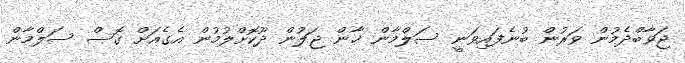
ޖަވާބްދެމުން ވަރުން ބުނެފައިވަނީ ސަލްމާން ޚާން ޖަލުން ދޫކޮށްލުމުން އެގެއަށް ގޮސް ސަލްމާން